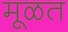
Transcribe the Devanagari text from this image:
मूळत